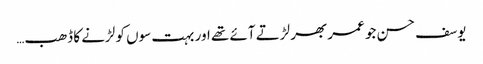
یوسف حسن جو عمر بھر لڑتے آئے تھے اور بہت سوں کو لڑنے کا ڈھب…